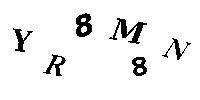
YR8M8N